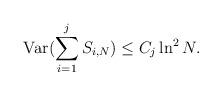
LaTeX: \begin{align*}\mbox{Var}(\sum_{i=1}^{j}S_{i,N})\leq C_{j}\ln^{2}N.\end{align*}